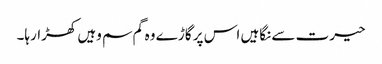
حیرت سے نگاہیں اس پر گاڑے وہ گم سم وہیں کھڑارہا۔